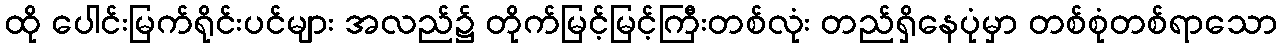
ထို ပေါင်းမြက်ရိုင်းပင်များ အလည်၌ တိုက်မြင့်မြင့်ကြီးတစ်လုံး တည်ရှိနေပုံမှာ တစ်စုံတစ်ရာသော